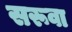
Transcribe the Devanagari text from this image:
सरूवा